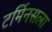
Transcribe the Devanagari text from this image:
टर्मिनसला